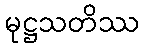
မုဋ္ဌသတိဿ